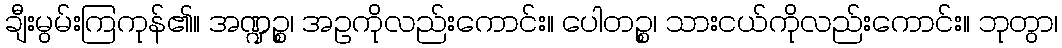
ချီးမွမ်းကြကုန်၏။ အဏ္ဍဉ္စ၊ အဥကိုလည်းကောင်း။ ပေါတဉ္စ၊ သားငယ်ကိုလည်းကောင်း။ ဘုတွာ၊